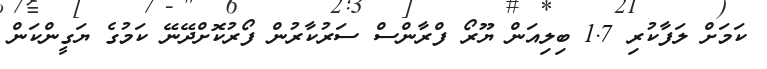
ކަމަށް ލަފާކުރި 1.7 ބިލިއަން ޔޫރޯ ފްރާންސް ސަރުކާރުން ފޯރުކޮށްދޭނޭ ކަމުގެ ޔަގީންކަން